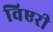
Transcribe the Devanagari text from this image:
विएरी